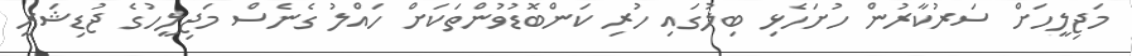
މަޖިލީހަށް ސަރުކާރުން ހުށަހެޅި ބިލުގައި ހުރި ކަންބޮޑުވުންތަކަށް ހައްލު ގެނެސް މަޖިލީހުގެ ޖުޑިޝަރީ